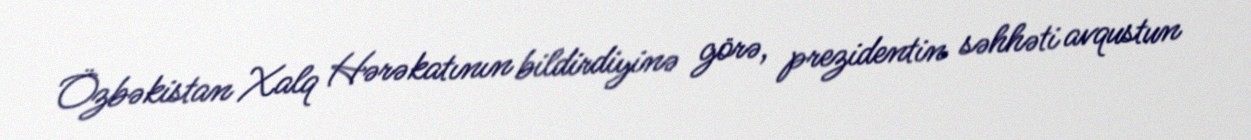
Özbəkistan Xalq Hərəkatının bildirdiyinə görə, prezidentin səhhəti avqustun